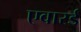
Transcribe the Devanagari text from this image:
एवारर्ड